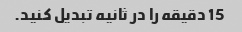
15 دقیقه را در ثانیه تبدیل کنید.